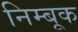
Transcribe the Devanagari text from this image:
निम्बूक